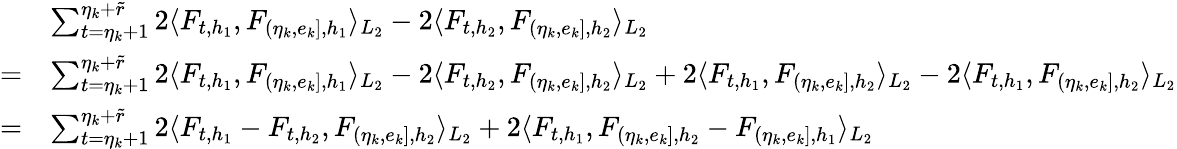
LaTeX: \begin{array}{rl}&{\sum_{t=\eta_{k}+1}^{\eta_{k}+\widetilde{r}}2\langle F_{t,h_{1}},F_{(\eta_{k},e_{k}],{h_{1}}}\rangle_{L_{2}}-2\langle F_{t,h_{2}},F_{(\eta_{k},e_{k}],{h_{2}}}\rangle_{L_{2}}}\\ {=}&{\sum_{t=\eta_{k}+1}^{\eta_{k}+\widetilde{r}}2\langle F_{t,h_{1}},F_{(\eta_{k},e_{k}],{h_{1}}}\rangle_{L_{2}}-2\langle F_{t,h_{2}},F_{(\eta_{k},e_{k}],{h_{2}}}\rangle_{L_{2}}+2\langle F_{t,h_{1}},F_{(\eta_{k},e_{k}],{h_{2}}}\rangle_{L_{2}}-2\langle F_{t,h_{1}},F_{(\eta_{k},e_{k}],{h_{2}}}\rangle_{L_{2}}}\\ {=}&{\sum_{t=\eta_{k}+1}^{\eta_{k}+\widetilde{r}}2\langle F_{t,h_{1}}-F_{t,h_{2}},F_{(\eta_{k},e_{k}],{h_{2}}}\rangle_{L_{2}}+2\langle F_{t,h_{1}},F_{(\eta_{k},e_{k}],{h_{2}}}-F_{(\eta_{k},e_{k}],{h_{1}}}\rangle_{L_{2}}}\end{array}